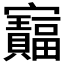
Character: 𫴦